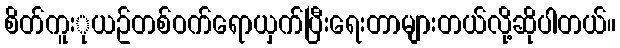
စိတ်ကူးုယဥ်တစ်ဝက်ရောယှက်ပြီးရေးတာများတယ်လို့ဆိုပါတယ်။